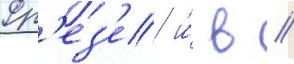
Фр'ез'е и́ в //